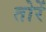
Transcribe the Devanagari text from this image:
तोरें